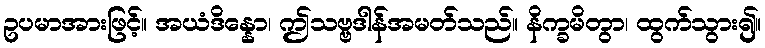
ဥပမာအားဖြင့်။ အယံဒိန္နော၊ ဤသဗ္ဗဒါန်အမတ်သည်။ နိက္ခမိတွာ၊ ထွက်သွား၍။